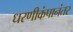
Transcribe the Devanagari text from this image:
धरणीकंपानंतर